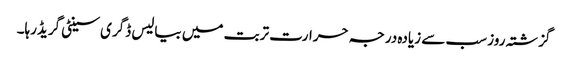
گزشتہ روز سب سے زیادہ درجہ حرارت تربت میں بیالیس ڈگری سینٹی گریڈرہا۔